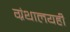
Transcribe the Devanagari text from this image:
ग्रंथालयही